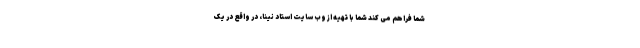
شما فراهم می کند شما با تهیه از وب سایت استاد نینا، در واقع در یک